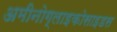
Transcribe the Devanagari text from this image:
अमीनोग्लाइकोसाइडस